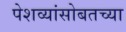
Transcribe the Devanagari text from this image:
पेशव्यांसोबतच्या